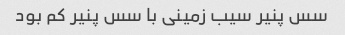
سس پنیر سیب زمینی با سس پنیر کم بود